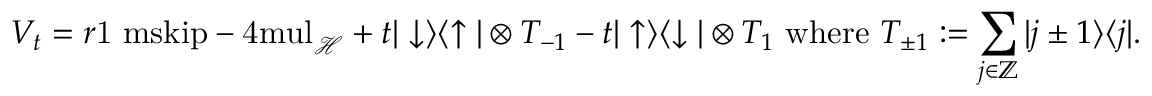
V _ { t } = r { \mathchoice { \mathrm { 1 \ m s k i p - 4 m u l } } { \mathrm { 1 \ m s k i p - 4 m u l } } { \mathrm { 1 \ m s k i p - 4 . 5 m u l } } { \mathrm { 1 \ m s k i p - 5 m u l } } } _ { \mathcal { H } } + t | \downarrow \rangle \langle \uparrow | \otimes T _ { - 1 } - t | \uparrow \rangle \langle \downarrow | \otimes T _ { 1 } \mathrm { ~ w h e r e ~ } T _ { \pm 1 } : = \sum _ { j \in { \mathord { \mathbb Z } } } | j \pm 1 \rangle \langle j | .